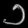
Digit: ၁